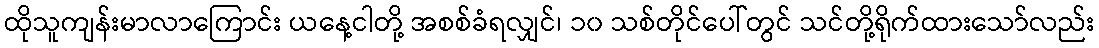
ထိုသူကျန်းမာလာကြောင်း ယနေ့ငါတို့ အစစ်ခံရလျှင်၊ ၁၀ သစ်တိုင်ပေါ်တွင် သင်တို့ရိုက်ထားသော်လည်း